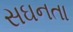
સઘનતા